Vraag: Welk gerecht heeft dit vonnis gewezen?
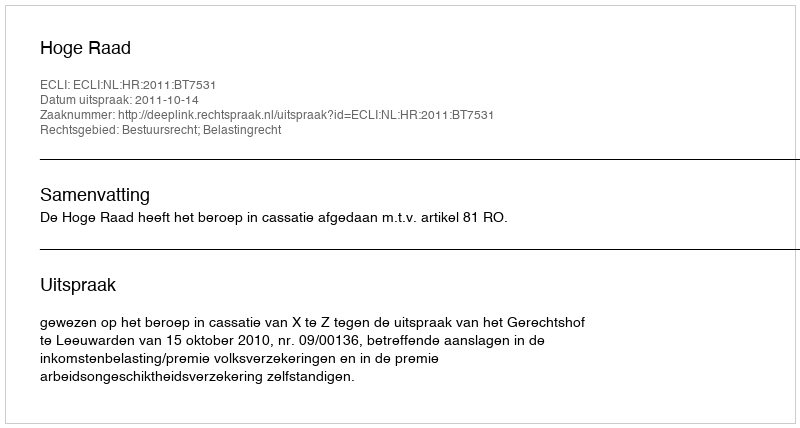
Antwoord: Hoge Raad